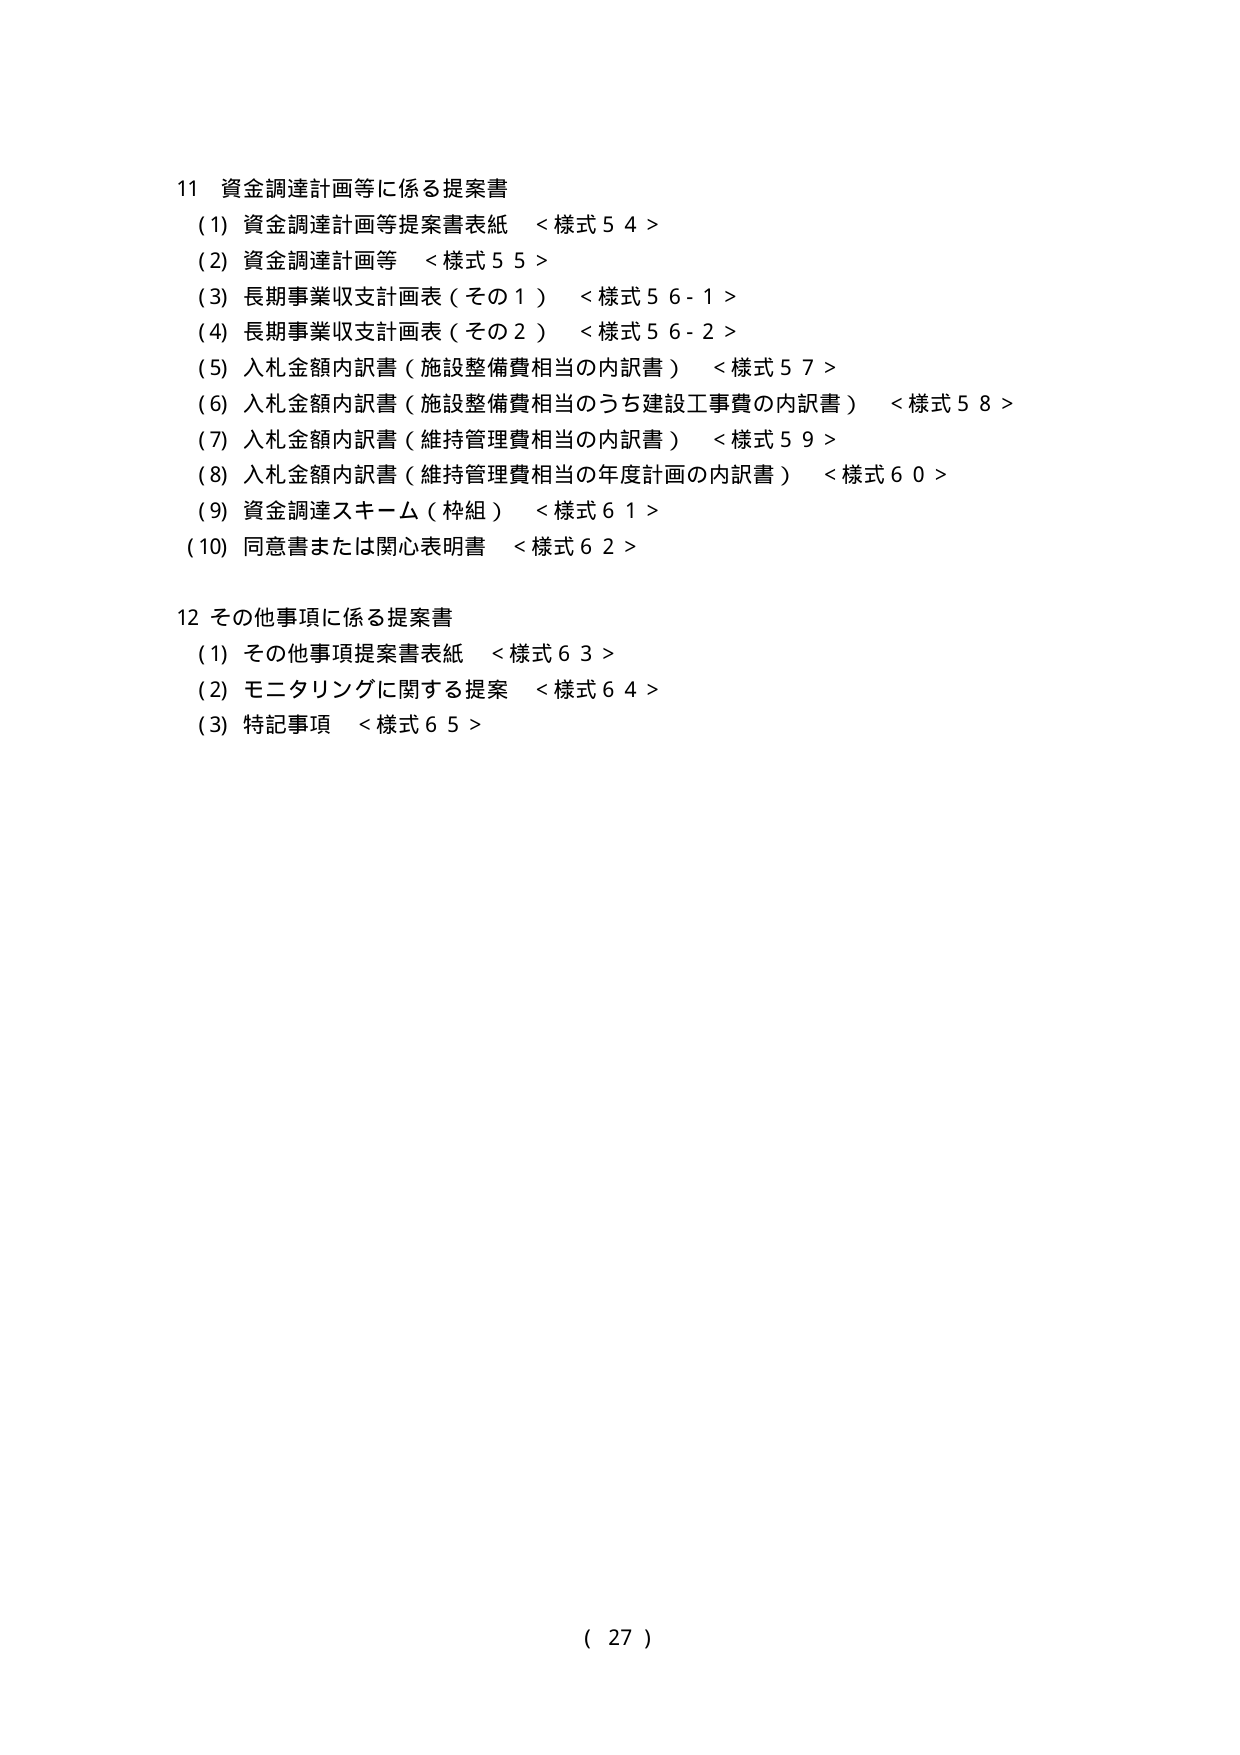
11 資金調達計画等に係る提案書
(1) 資金調達計画等提案書表紙 <様式54>
(2) 資金調達計画等 <様式55>
(3) 長期事業収支計画表（その1） <様式56-1>
(4) 長期事業収支計画表（その2） <様式56-2>
(5) 入札金額内訳書（施設整備費相当の内訳書） <様式57>
(6) 入札金額内訳書（施設整備費相当のうち建設工事費の内訳書） <様式58>
(7) 入札金額内訳書（維持管理費相当の内訳書） <様式59>
(8) 入札金額内訳書（維持管理費相当の年度計画の内訳書） <様式60>
(9) 資金調達スキーム（枠組） <様式61>
(10) 同意書または関心表明書 <様式62>

12 その他事項に係る提案書
(1) その他事項提案書表紙 <様式63>
(2) モニタリングに関する提案 <様式64>
(3) 特記事項 <様式65>

( 27 )